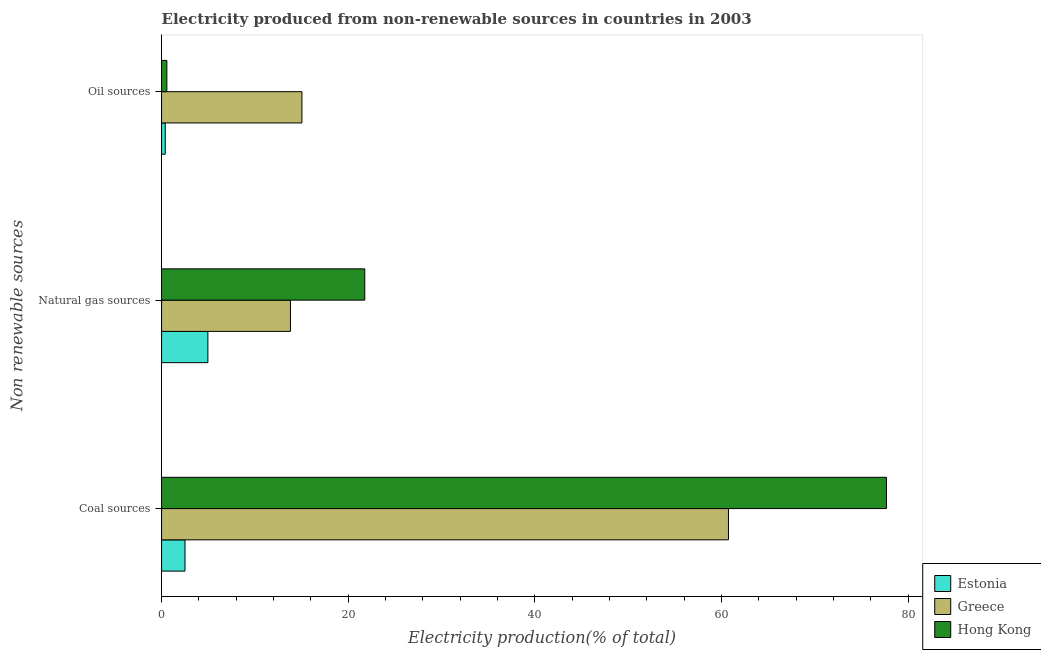
| Non renewable sources | Estonia | Greece | Hong Kong |
 | --- | --- | --- | --- |
 | Coal sources | 2.51 | 60.7 | 77.7 |
 | Natural gas sources | 4.96 | 13.8 | 21.8 |
 | Oil sources | 0.394 | 15 | 0.566 |